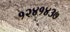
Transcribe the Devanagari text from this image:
१२४१४३७